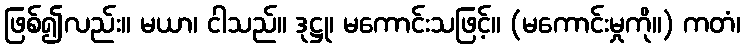
ဖြစ်၍လည်း။ မယာ၊ ငါသည်။ ဒုဋ္ဌု၊ မကောင်းသဖြင့်။ (မကောင်းမှုကို။) ကတံ၊